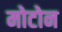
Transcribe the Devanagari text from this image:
मोटोन